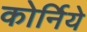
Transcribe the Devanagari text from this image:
कोर्निये